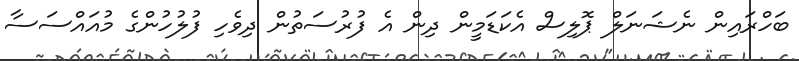
ބަހްރައިން ނެޝަނަލް ޕޮލިސް އެކަޑަމީން ދިން އެ ފުރުސަތުން ދިވެހި ފުލުހުންގެ މުއައްސަސާ